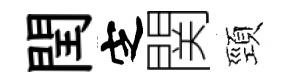
閏㝎関頸